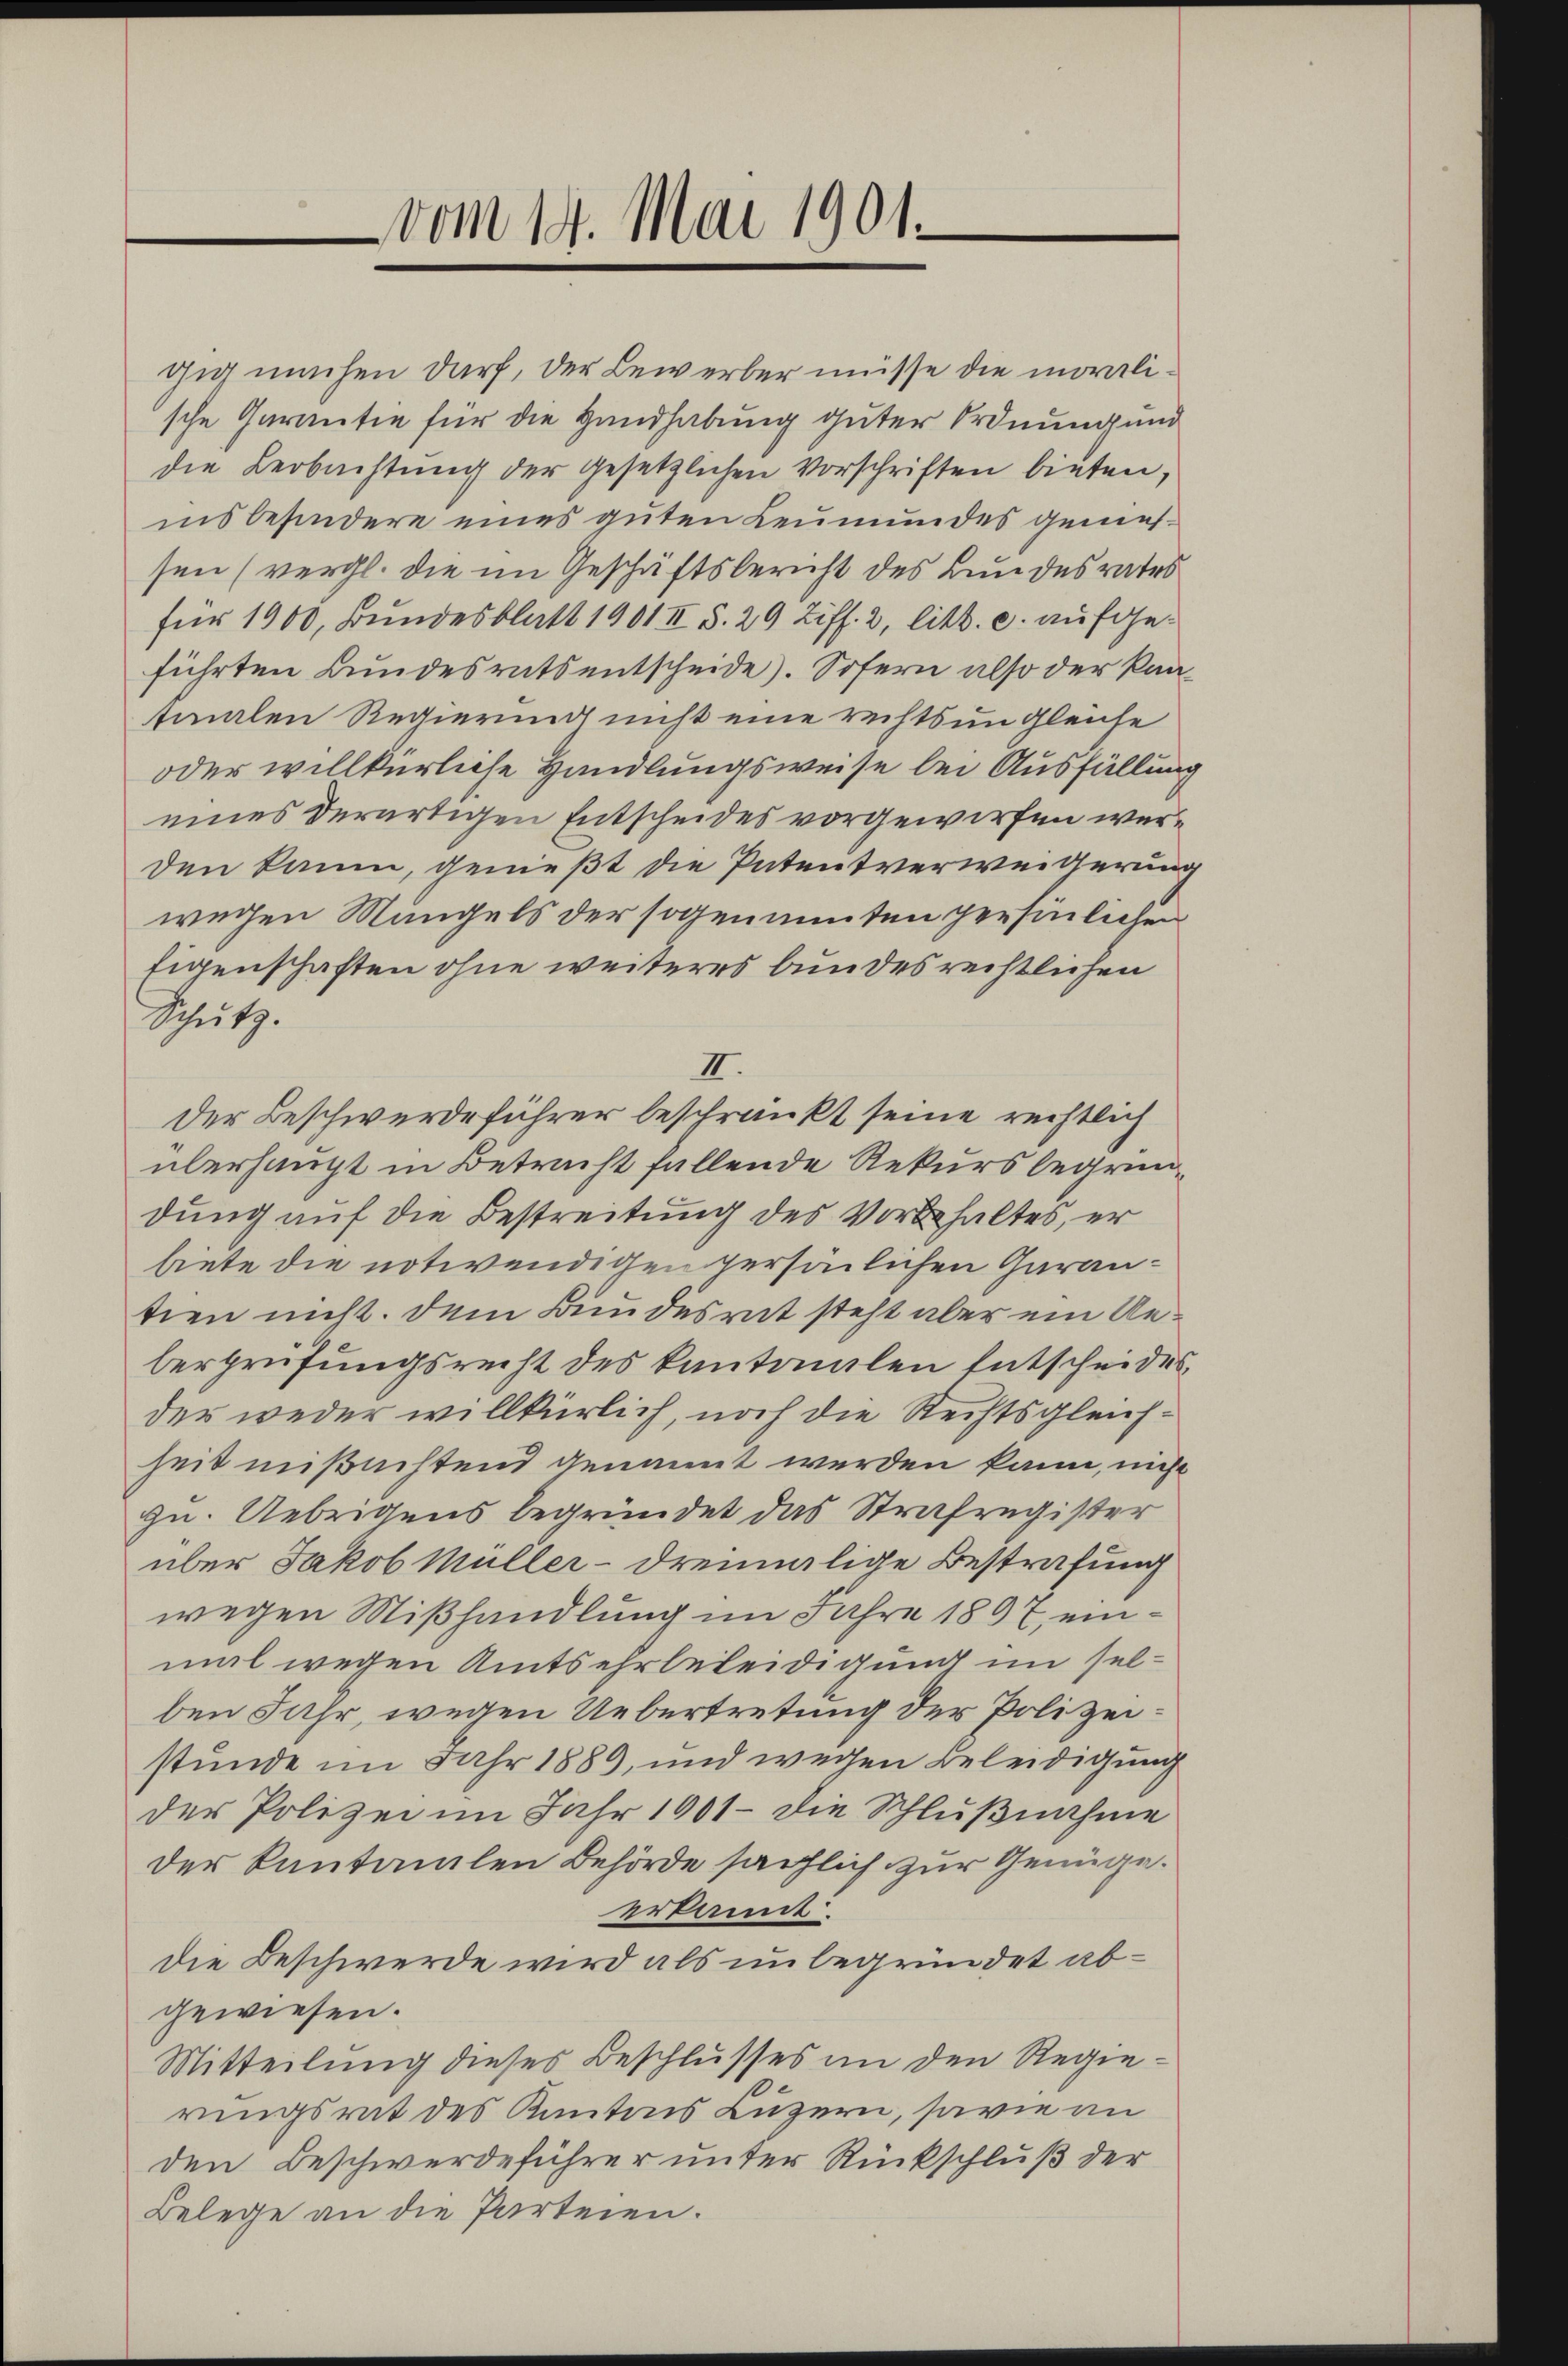
vom 19. Mai 1901.

gig machen darf, der Bewerber müsse die moralische Garantie für die Handhabung guter Ordnung und
die Beobachtung der gesetzlichen Vorschriften bieten,
insbesondere eines guten Leumundes geniessen (vergl. die im Geschäftsbericht des Bundesrates
für 1900, Bundesblatt 1901 II S. 29 Ziff. 2, litt. c. aufgeführten Bundesrats entscheide). Sofern also der Kantmalen Regierung nicht eine rechts ungleiche
oder willkürliche Handlungsweise bei Ausfüllung
eines derartigen Entscheides vorgeworfen werden kaum, genießt die Patentverweiterung
wegen Mangels der sogenannten persönlichen
Eigenschaften ohne weiteres bundes rechtlichen
Schŭtz.
III.
der Beschwerdeführer beschränkt seine rechtlich
überhaupt in Betracht fallende Rekurs begründung auf die Bestreitung des Vorbehaltes, er
biete die notwendigen persönlichen Garantien nicht. Dem Bundesrat steht aber ein Ueberprüfungsrecht des Kantonalen Entscheides
der weder willkürlich, noch die Rechtsgleichheit mißachtend genannt werden kann, nicht
zu. Uebrigens begründet das Strafregister
über Jakob Müller- dreimalige Bestrafung
wegen Mißhandlung im Jahre 1897, einmal wegen Amtsehrbeleidigung im selben Jahr, wegen Uebertretung der Polizeistunde im Jahr 1889, und wegen Beleidigung
der Polizei im Jahr 1901 die Schlŭβnahme
der kantonalen Behörde sächlich zur Genüge.
erkannt.
die Beschwerde wird als unbegründet abgewiesen.
Mitteilung dieses Beschlŭsses in den Regierungsrat des Kantons Luzern, sowie an
den Beschwerdeführer unter Rückschluß der
Belege an die Parteien.